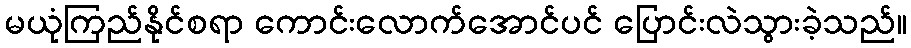
မယုံကြည်နိုင်စရာ ကောင်းလောက်အောင်ပင် ပြောင်းလဲသွားခဲ့သည်။